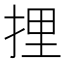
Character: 捚